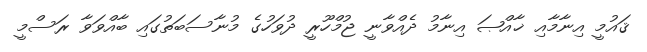
ޤައުމީ އިނާމާއި ޚާއްޞަ އިނާމު ދެއްވާނީ ޖުމްހޫރީ ދުވަހުގެ މުނާސަބަތުގައި ބާއްވަވާ ރަސްމީ